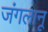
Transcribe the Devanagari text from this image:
जंगलानू